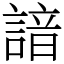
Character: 諳